Vaccination in Bombay 1889-1901 - 1889-1901
Year: 1889
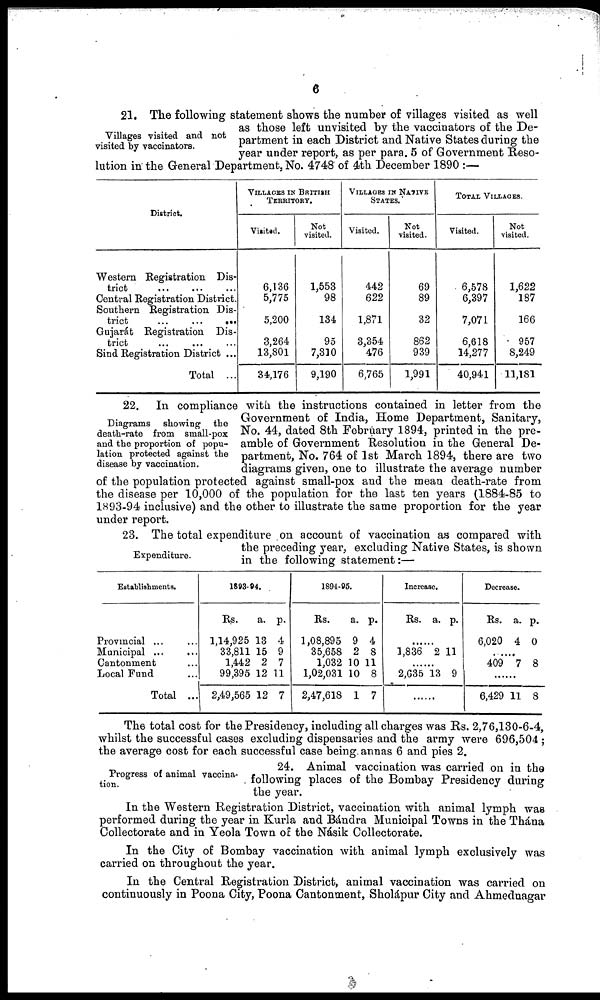
6
Villages visited and not
visited by vaccinators.
21. The following statement shows the number of villages visited as well
as those left unvisited by the vaccinators of the De-
partment in each District and Native States during the
year under report, as per para. 5 of Government Reso-
lution in the General Department, No. 4748 of 4th December 1890 :—
District.
Western Registration Dis-
trict ... ... ...
Central Registration District.
Southern Registration Dis-
trict
...
...
...
Gujarát Registration Dis-
trict ... ... ...
Sind Registration District ...
Total ...
VILLAGES IN BRITISH
TERRITORY.
Visited.
6,136
5,775
5,200
3,264
13,801
34,176
Not
visited.
1,553
98
134
95
7,310
9,190
VILLAGES IN NATIVE
STATES.
Visited.
442
622
1,871
3,354
476
6,765
Not
visited.
69
89
32
862
939
1,991
TOTAL VILLAGES.
Visited.
6,578
6,397
7,071
6,618
14,277
40,941
Not
visited.
1,622
187
166
957
8,249
11,181
Diagrams showing
the
death-rate from small-pox
and the proportion of popu-
lation protected against the
disease by vaccination.
22. In compliance with the instructions contained in letter from the
Government of India, Home Department, Sanitary,
No. 44, dated 8th February 1894, printed in the pre-
amble of Government Resolution in the General De-
partment, No. 764 of 1st March 1894, there are two
diagrams given, one to illustrate the average number
of the population protected against small-pox and the mean death-rate from
the disease per 10,000 of the population for the last ten years (1884-85 to
1893-94 inclusive) and the other to illustrate the same proportion for the year
under report.
Expenditure.
23. The total expenditure on account of vaccination as compared with
the preceding year, excluding Native States, is shown
in the following statement:—
Establishments.
Provincial ... ...
Municipal ... ...
Cantonment ...
Local Fund ...
Total ...
1893-94.
Rs.
1,14,925
33,811
1,442
99,395
2,49,565
a.
13
15
2
12
12
p.
4
9
7
11
7
1894-95.
Rs.
1,08,895
35,658
1,032
1,02,031
2,47,618
a.
9
2
10
10
1
p.
4
8
11
8
7
Increase.
Rs. a. p.
......
1,836 2 11
......
2,635 13 9
......
Decrease.
Rs.
6,020
a.
4
p.
0
......
409 7 8
......
6,429 11 8
The total cost for the Presidency, including all charges was Rs. 2,76,130-6-4,
whilst the successful cases excluding dispensaries and the army were 696,504 ;
the average cost for each successful case being. annas 6 and pies 2.
Progress of animal vaccina-
tion.
24. Animal vaccination was carried on in the
following places of the Bombay Presidency during
the year.
In the Western Registration District, vaccination with animal lymph was
performed during the year in Kurla and Bándra Municipal Towns in the Thána
Collectorate and in Yeola Town of the Násik Collectorate.
In the City of Bombay vaccination with animal lymph exclusively was
carried on throughout the year.
In the Central Registration District, animal vaccination was carried on
continuously in Poona City, Poona Cantonment, Sholápur City and Ahmednagar